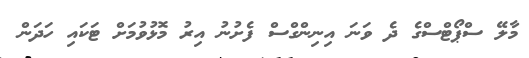
މާލޭ ސްޕޯޓްސްގެ ދެ ވަނަ އިނިންގްސް ފެށުނު އިރު މޮޅުވުމަށް ޓަކައި ހަދަން